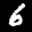
Label: 6